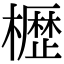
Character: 𭬒